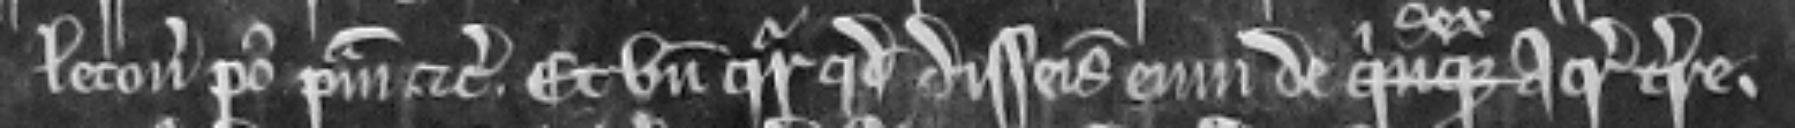
letona post primam etc. Et unde queritur quod disseisivit eum de sex acras terre.